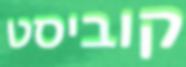
קוביסט